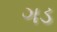
ગડ